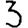
Digit: 3